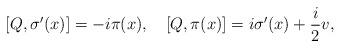
\begin{align*}[Q, \sigma^{\prime}(x)]=-i\pi(x), \quad[Q, \pi(x)]=i\sigma^{\prime}(x)+\frac{i}{2}v , \end{align*}